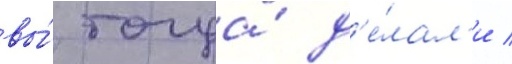
вы́ тогда́ д'е́лал'и /